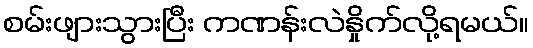
စမ်းဖျားသွားပြီး ကဏန်းလဲနှိုက်လို့ရမယ်။